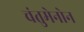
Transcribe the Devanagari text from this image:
चंतुमेनोन